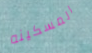
المسكينه